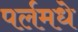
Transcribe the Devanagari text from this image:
पर्लमधे